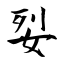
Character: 姴